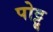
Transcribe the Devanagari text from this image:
पोट्टू